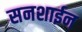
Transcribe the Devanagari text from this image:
सनशाईन